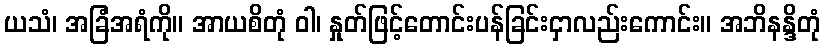
ယသံ၊ အခြံအရံကို။ အာယစိတုံ ဝါ၊ နှုတ်ဖြင့်တောင်းပန်ခြင်းငှာလည်းကောင်း။ အဘိနန္ဒိတုံ